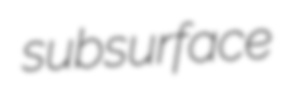
subsurface